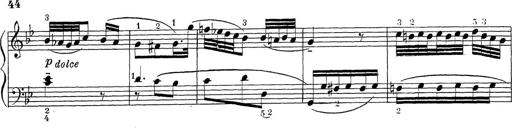
Title: ÄŒeskÃ© Sonatiny
Composer: Various